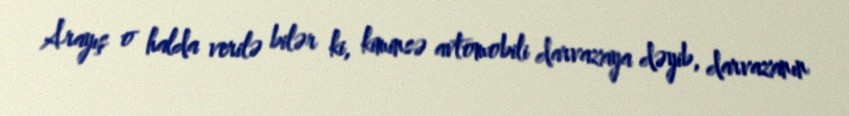
Arayış o halda verilə bilər ki, kiminsə avtomobili darvazaya dəyib, darvazanın